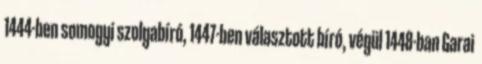
1444-ben somogyi szolgabíró, 1447-ben választott bíró, végül 1448-ban Garai